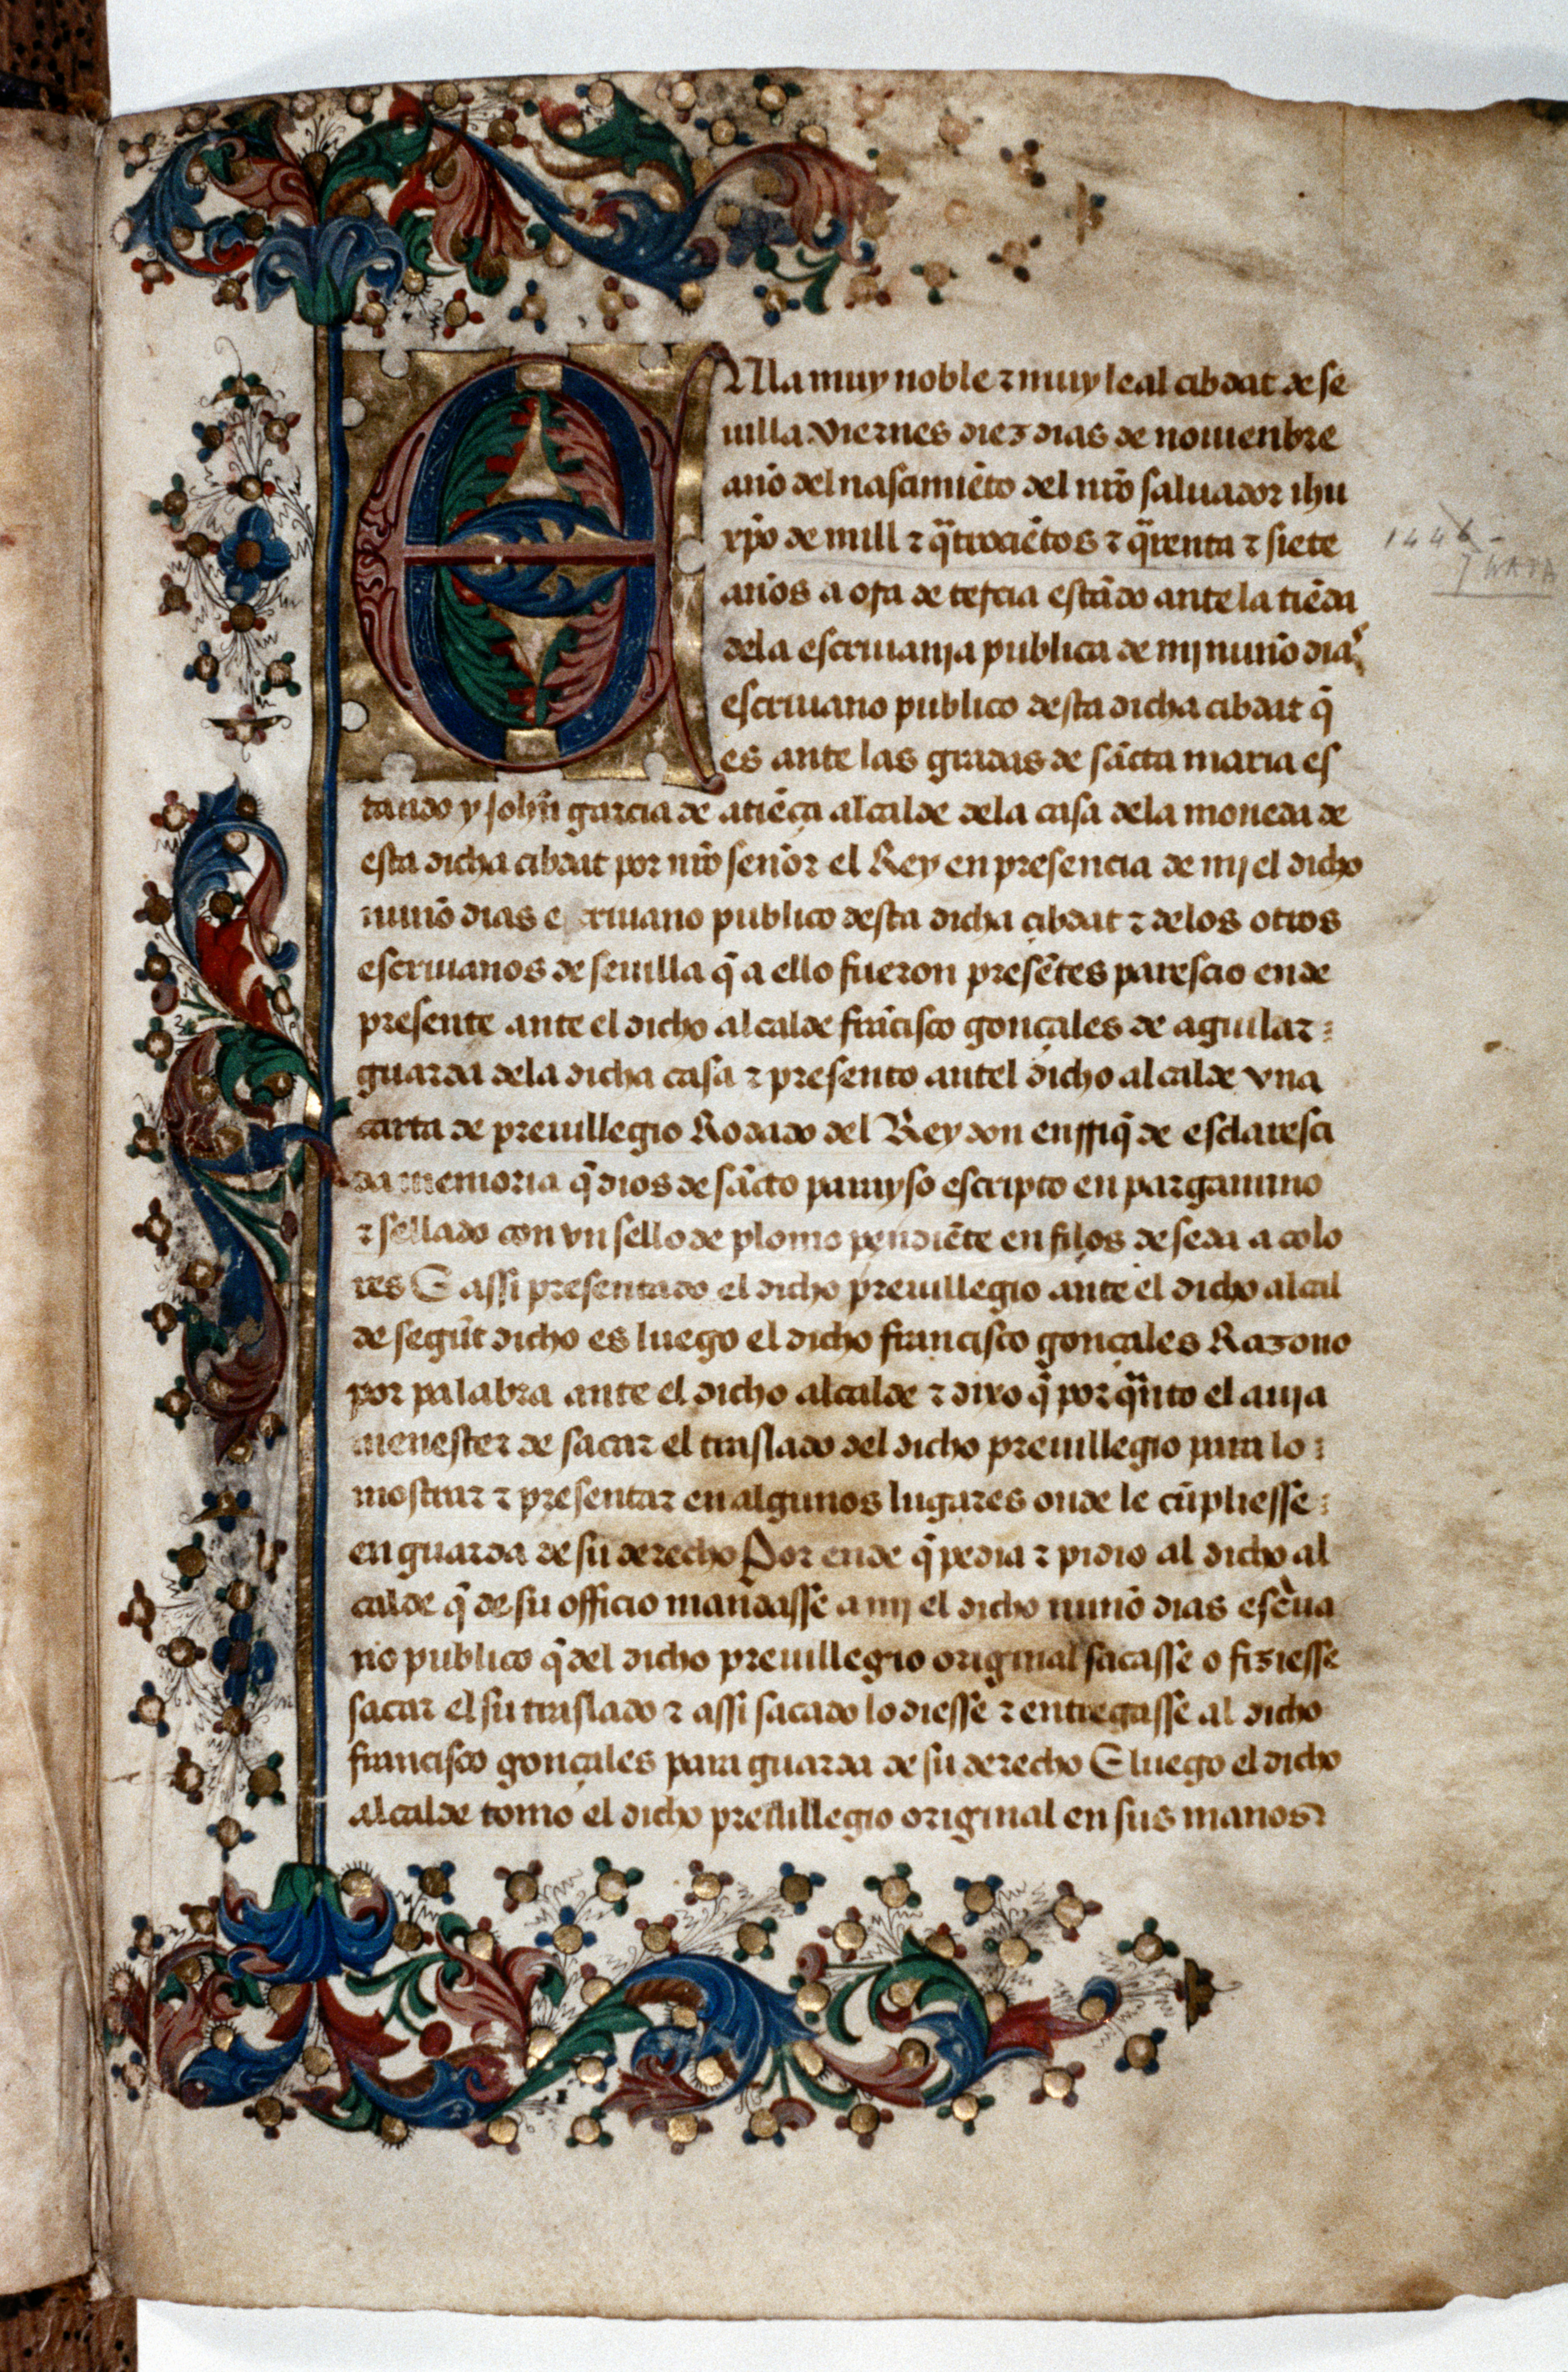
Shelfmark: Oxford, Bodleian Library, ms. Span. d. 2/1
Century: 15